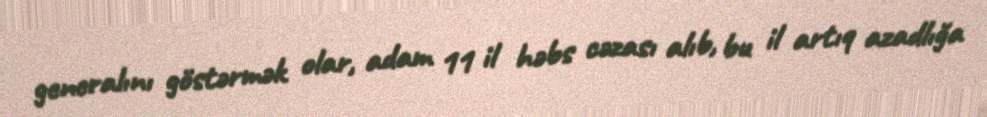
generalını göstərmək olar, adam 11 il həbs cəzası alıb, bu il artıq azadlığa